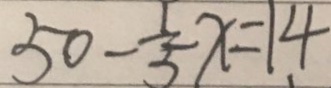
5 0 - \frac { 1 } { 5 } x = 1 4